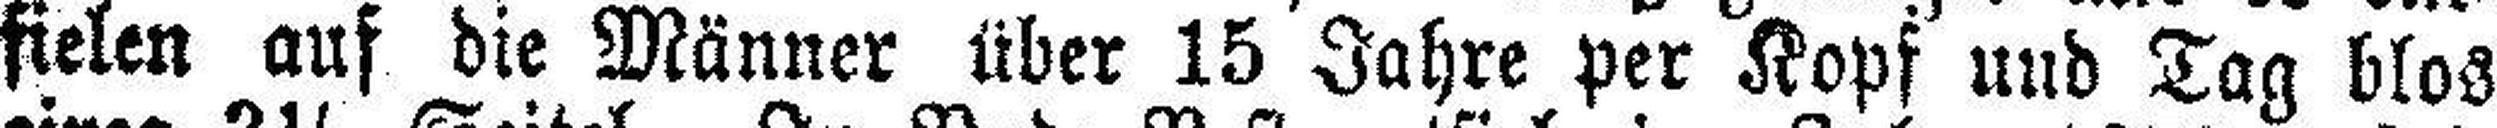
fielen auf die Männer über 15 Jahre per Kopf und Tag blos